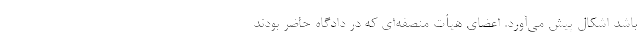
باشد اشکال پیش می‌آورد. اعضای هیأت منصفه‌ای که در دادگاه حاضر بودند